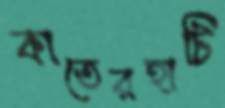
কাতেরহাটি